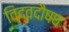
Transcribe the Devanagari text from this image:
विद्वदौषध